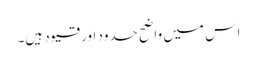
اس میں واضح حدود اور قیود ہیں۔